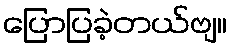
ပြောပြခဲ့တယ်ဗျ။